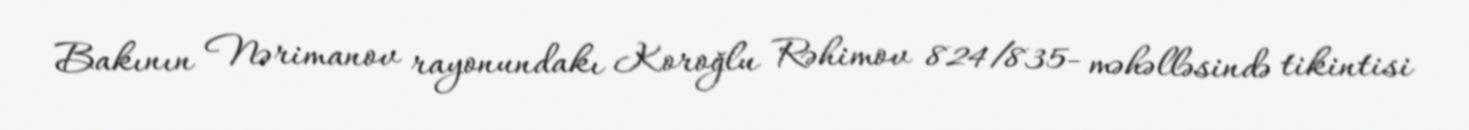
Bakının Nərimanov rayonundakı Koroğlu Rəhimov 824/835- məhəlləsində tikintisi